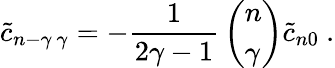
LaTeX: {\tilde{c}}_{n-\gamma\ \gamma}=-{\frac{1}{2\gamma-1}}\left(\begin{array}{l}{{n}}\\ {{\gamma}}\end{array}\right){\tilde{c}}_{n0}\ .